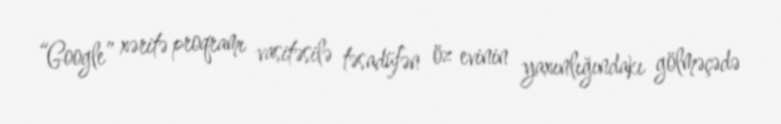
“Google” xəritə proqramı vasitəsilə təsadüfən öz evinin yaxınlığındakı gölməçədə